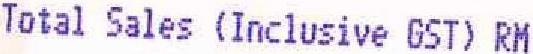
TOTAL SALES (INCLUSIVE GST) RM